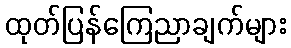
ထုတ်ပြန်ကြေညာချက်များ